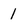
Character: 1